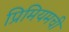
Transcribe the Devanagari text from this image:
प्रिमियमची